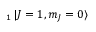
_ 1 \mathinner { | { J = 1 , m _ { J } = 0 } \rangle }